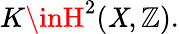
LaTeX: K\inH^{2}(\mathit{X},\mathbb{{Z}}).